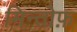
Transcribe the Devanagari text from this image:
मिन्तोफ़